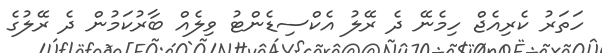
ހަތަރު ކެރިއެޖް ހިމެނޭ ދެ ރޭލު އެކްސިޑެންޓު ވިލެއް ބާރުކަމުން ދެ ރޭލުގެ